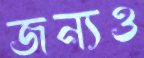
জন্যও